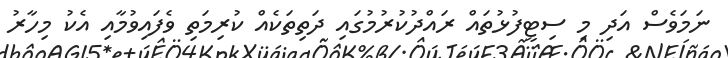
ނަމަވެސް އަދި މި ސިޓީފުޅުތައް ރައްދުކުރުމުގައި ދަތިތަކެއް ކުރިމަތި ވެފައިވުމާއި އެކު މިހާރު